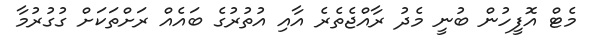
މެޓް އޮފީހުން ބުނީ މެދު ރާއްޖެތެރެ އާއި އުތުރުގެ ބައެއް ރަށްތަކަށް ގުގުރުމާ